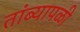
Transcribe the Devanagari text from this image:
तांब्यापळी